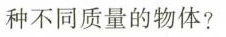
种不同质量的物体?